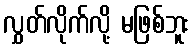
လွှတ်လိုက်လို့ မဖြစ်ဘူး